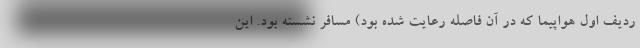
ردیف اول هواپیما که در آن فاصله رعایت شده بود) مسافر نشسته بود. این